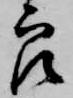
郎